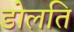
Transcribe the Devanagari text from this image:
डोलति